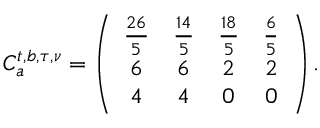
C _ { a } ^ { t , b , \tau , \nu } = \left( \begin{array} { c c c c } { { { \frac { 2 6 } { 5 } } } } & { { { \frac { 1 4 } { 5 } } } } & { { { \frac { 1 8 } { 5 } } } } & { { { \frac { 6 } { 5 } } } } \\ { { 6 } } & { { 6 } } & { { 2 } } & { { 2 } } \\ { { 4 } } & { { 4 } } & { { 0 } } & { { 0 } } \end{array} \right) .